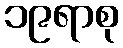
၁၉ရာစု